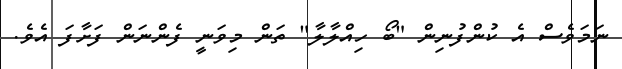
ނަމަވެސް އެ ކުންފުނިން "ބޯ ހިއްލާލާ" ތަން މިވަނީ ފެންނަން ފަށާފަ އެވެ.